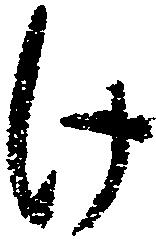
け